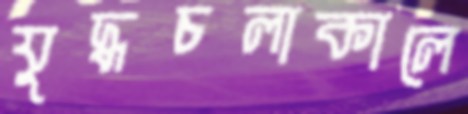
যুদ্ধচলাকালে